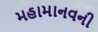
મહામાનવની